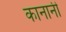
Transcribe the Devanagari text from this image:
कानानी